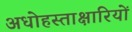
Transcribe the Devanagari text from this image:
अधोहस्ताक्षारियों